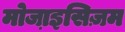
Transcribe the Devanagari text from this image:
मोजा़इसिज़म